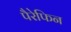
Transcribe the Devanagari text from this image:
पैरेफिन